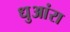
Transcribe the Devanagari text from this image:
धुआंरा